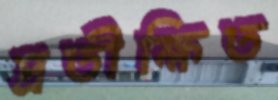
প্রতীক্ষিত